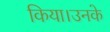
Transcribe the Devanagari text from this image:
किया।उनके